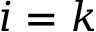
i = k